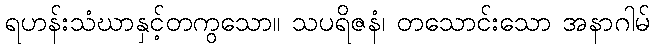
ရဟန်းသံဃာနှင့်တကွသော။ သပရိဇနံ၊ တသောင်းသော အနာဂါမ်